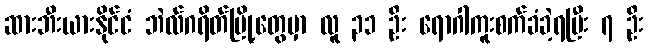
ဆားဘီးယားနိုင်ငံ ဘဲလ်ဂရိတ်မြို့တွေမှာ လူ ၃၁ ဦး ရောဂါကူးစက်ခံခဲ့ရပြီး ၇ ဦး